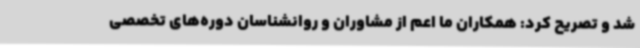
شد و تصریح کرد: همکاران ما اعم از مشاوران و روانشناسان دوره‌های تخصصی